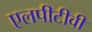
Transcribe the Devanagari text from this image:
एलपीटीवी